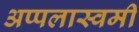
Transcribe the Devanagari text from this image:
अप्पलास्वमी